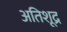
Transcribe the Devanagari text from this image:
अतिशूद्र